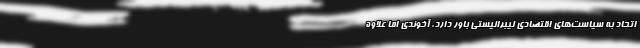
اتحاد به سیاست‌های اقتصادی لیبرالیستی باور دارد. آخوندی اما علاوه